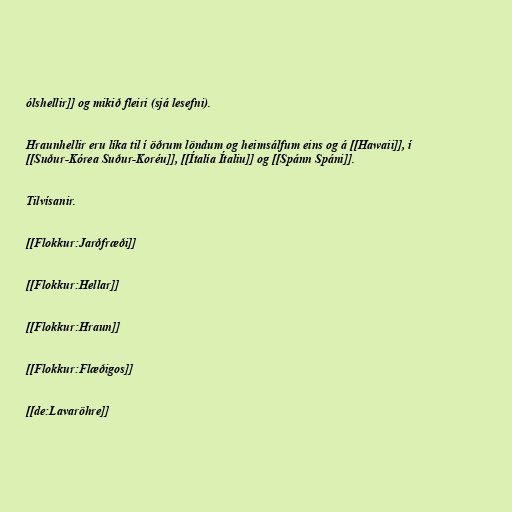
ólshellir]] og mikið fleiri (sjá lesefni).

Hraunhellir eru líka til í öðrum löndum og heimsálfum eins og á [[Hawaii]], í
[[Suður-Kórea Suður-Koréu]], [[Ítalía Ítaliu]] og [[Spánn Spáni]].

Tilvísanir.

[[Flokkur:Jarðfræði]]

[[Flokkur:Hellar]]

[[Flokkur:Hraun]]

[[Flokkur:Flæðigos]]

[[de:Lavaröhre]]